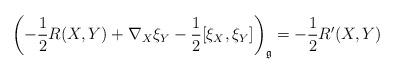
LaTeX: \begin{gather*}\left(-\frac{1}{2}R(X,Y)+\nabla_X\xi_Y-\frac{1}{2}[\xi_X,\xi_Y]\right)_{\mathfrak{g}}=-\frac{1}{2}R'(X,Y)\end{gather*}